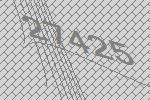
27425